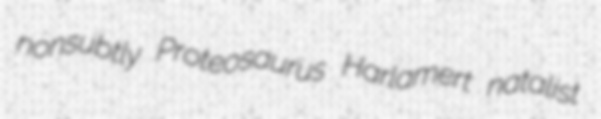
nonsubtly Proteosaurus Harlamert natalist